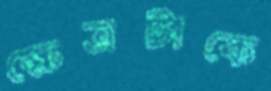
ক্ষেত্রটাকে